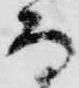
而